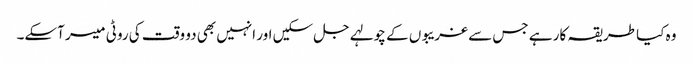
وہ کیا طریقہ کار ہے جس سے غریبوں کے چولہے جل سکیں اور انہیں بھی دو وقت کی روٹی میسر آسکے۔